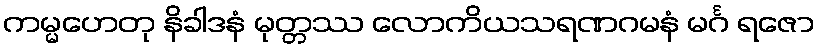
ကမ္မဟေတု နိခါဒနံ မုတ္တဿ လောကိယသရဏဂမနံ မင်္ဂ ရဇော